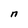
Character: n